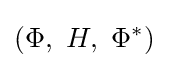
(\Phi ,\,\,H,\,\,\Phi ^{*})